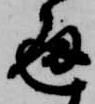
通